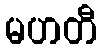
မဟတီ